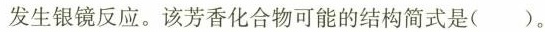
发生银镜反应。该芳香化合物可能的结构简式是()。